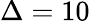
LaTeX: \Delta=10